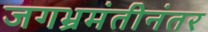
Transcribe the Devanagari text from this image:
जगभ्रमंतीनंतर